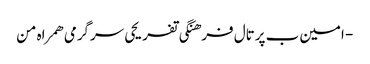
- امین ب پرتال فرهنگی تفریحی سرگرمی همراه من